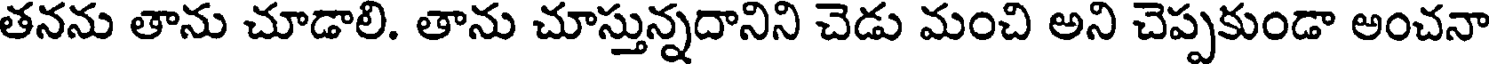
తనను తాను చూడాలి. తాను చూస్తున్నదానిని చెడు మంచి అని చెప్పకుండా అంచనా